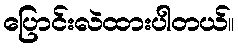
ပြောင်းလဲထားပါတယ်။